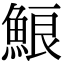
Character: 𩷕